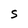
Character: S